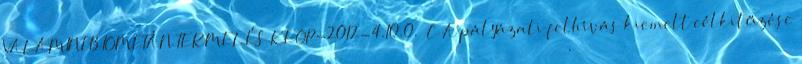
VALAMINT BIOMETÁN TERMELÉS KEOP-2012-4.10.0. C A pályázati felhívás kiemelt célkitűzése